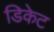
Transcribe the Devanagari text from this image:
डिकेट